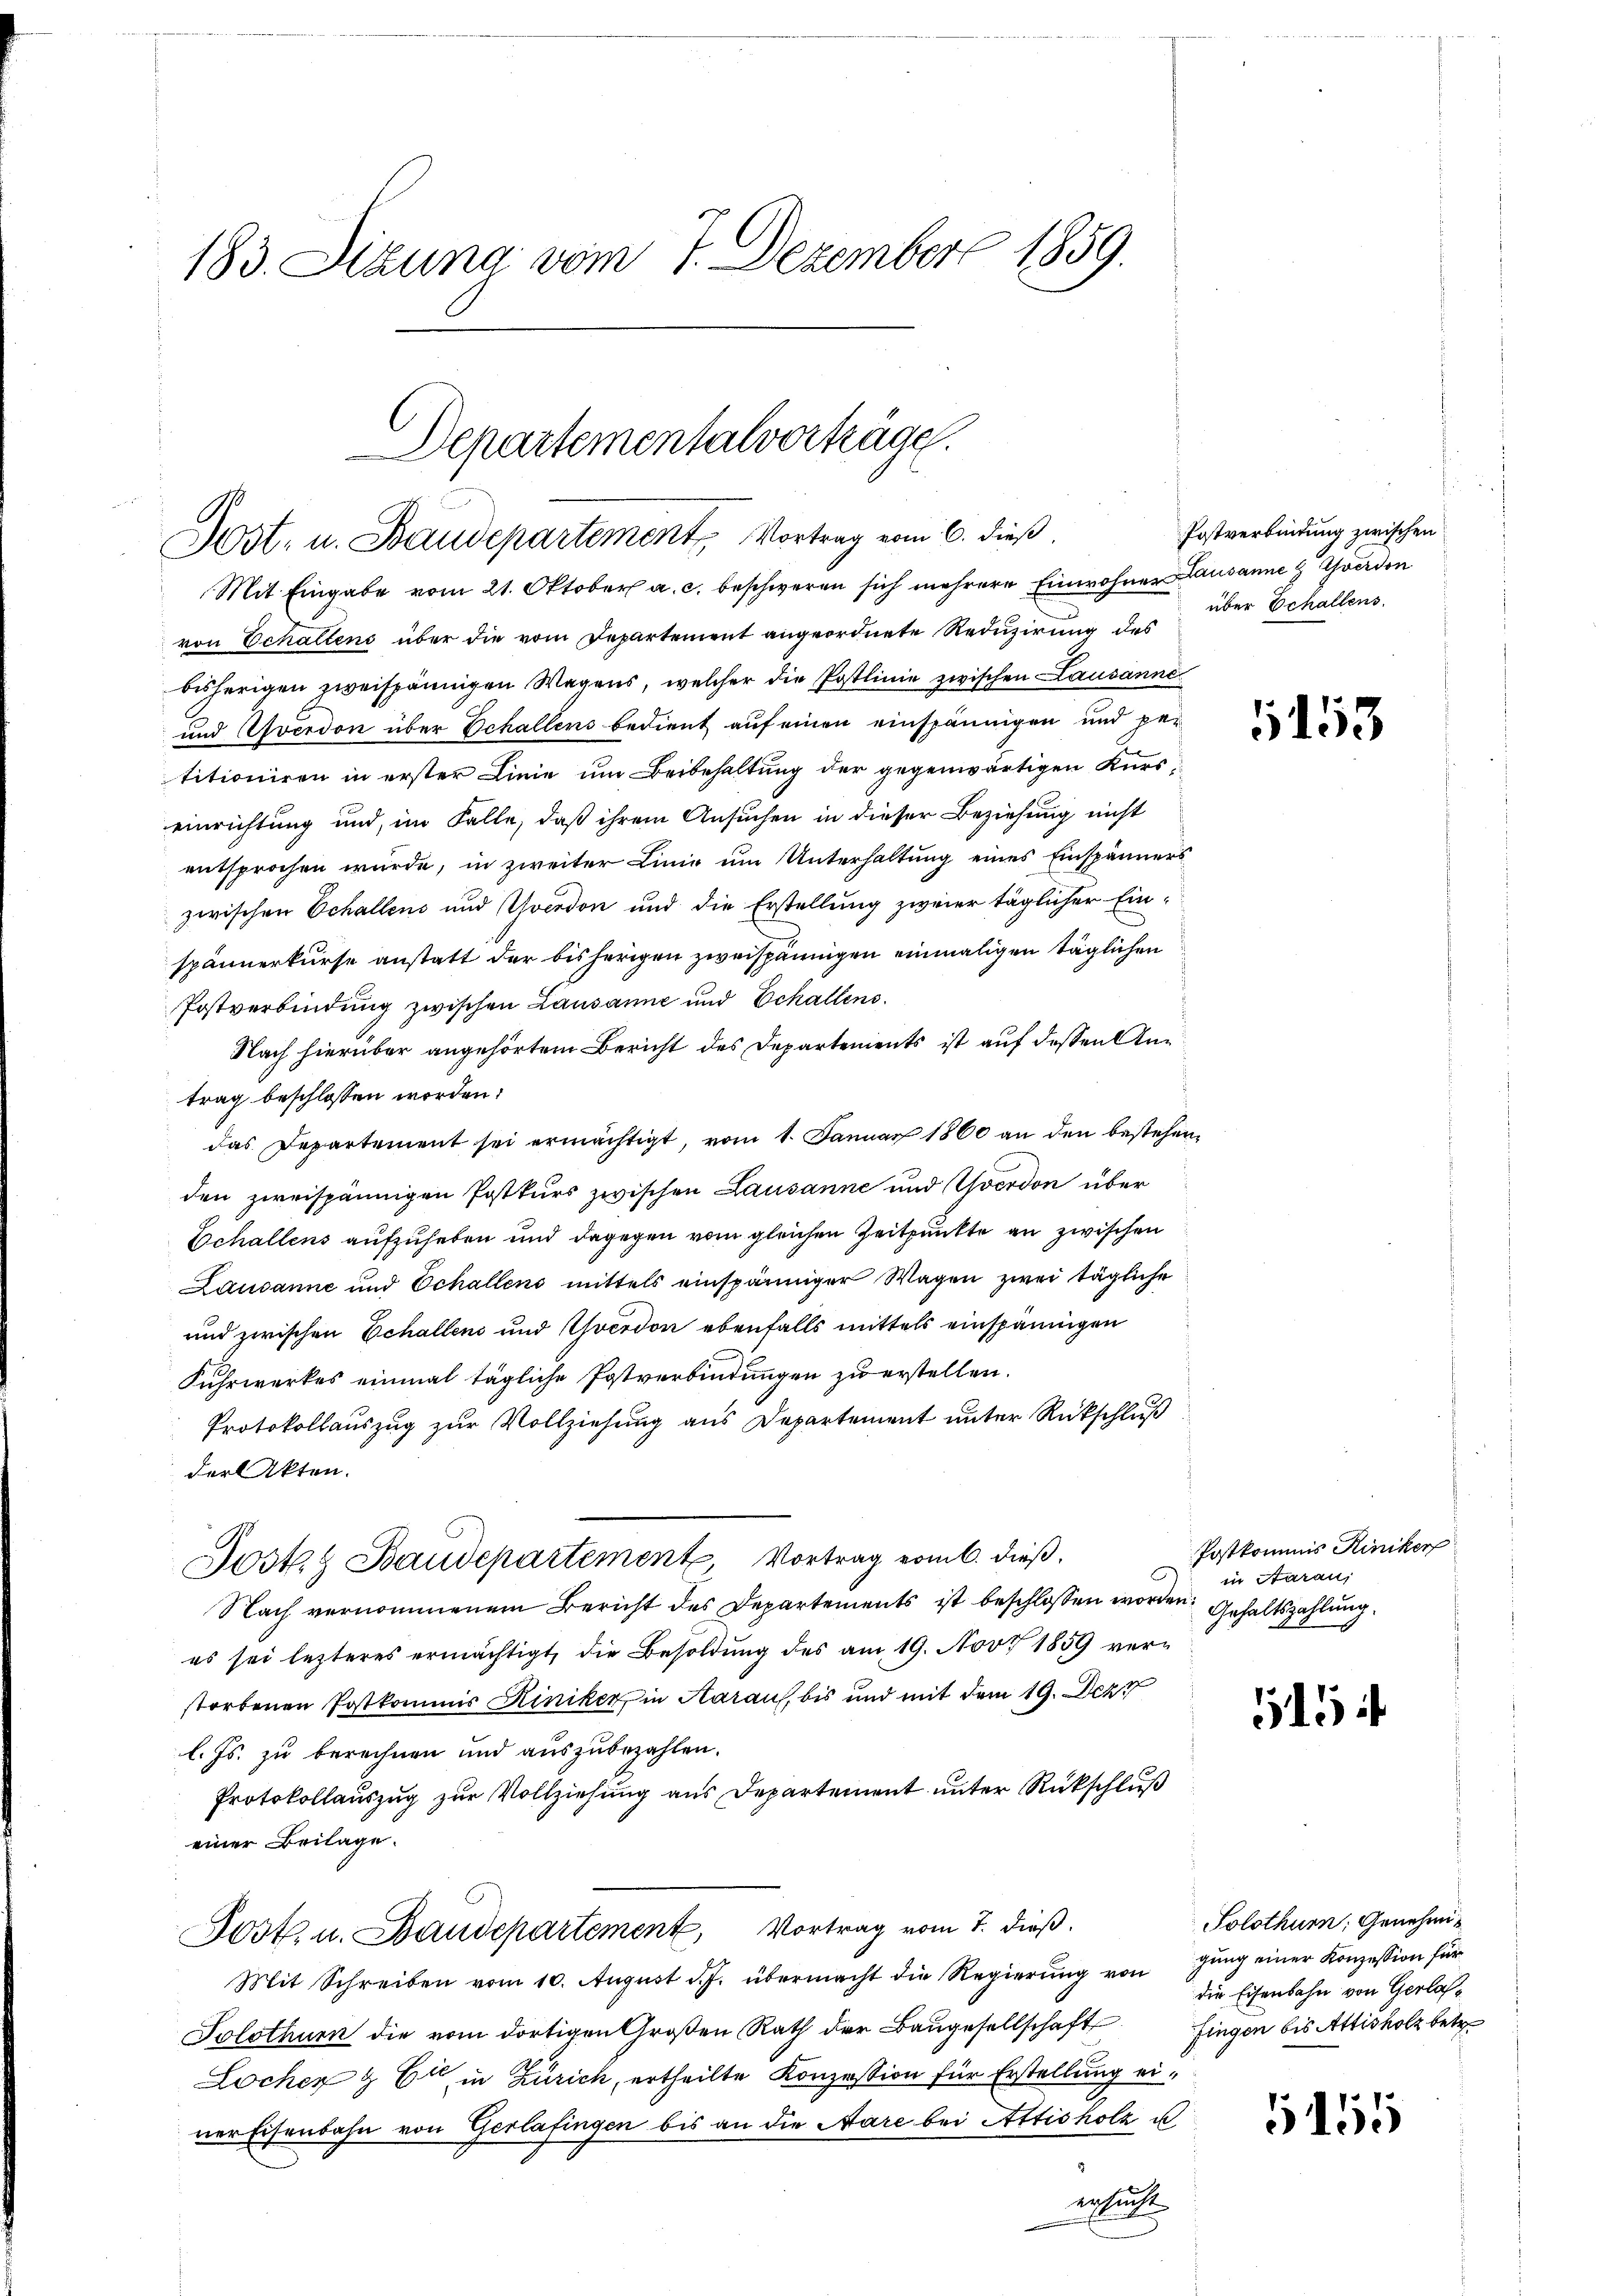
183. Sizung vom 7. Dezember 1859.

Departementalvorträge.
Post- u. Staudepartement, Vortrag vom 6. dieß
Mit Eingabe vom 21. Oktober a. c. beschweren sich mehrere Einwohner Lausanne & Goerden

von Echaltens über die vom Departement angeordnete Reduzirung des
bisherigen zweispännigen Wegens, welcher die Postlinie zwischen Lausanne
und Yverdon über Echallens bedient auf einen einspännigen und per
titioniren in erster Linie um Beibehaltung der gegenwärtigen Kurseinrichtung und im Falle, daß ihrem Ansuchen in dieser Beziehung nicht
entsprochen wurde, in zweiter Linie um Unterhaltung eines Einspänners
zwischen Schallens und Yverdon und die Erstellung zweier täglicher Einspännerkurse anstatt der bisherigen zweispännigen einmaligen täglichen
Postverbindŭng zwischen Lausanne und Echallens.
Nach hierüber angehörtem Bericht des Departements ist auf deßen Antrag beschlossen worden.
das Departement sei ermächtigt, vom 1. Januar 1860 an den bestehenden zweispännigen Postkurs zwischen Lausanne und Yverdon über
Echallens aufzuheben und dagegen vom gleichen Zeitpunkte an zwischen
Lausanne und Echallens mittels einspänniger Wagen zwei tägliche
und zwischen Echallens und Yverdon ebenfalls mittels einspännigen
Fuhrwerkes einmal tägliche Postverbindungen zu erstellen.
Protokollauszug zur Vollziehung aus Departement unter Rückschluß
der Akten.
Post. Baudepartemente Vortrag vom 6. dieß.
.
Nach vernommenem Bericht des Departements ist beschlossen worden, Gehaltszahlung
es sei lezteres ermächtigt, die Besoldung des am 19. Nov. 1859 verstorbenen Postkommis Kiniker in Aaraus, bis und mit dem 19. Dez
l. Js. zu berechnen und auszubezahlen.
Protokollauszug zur Vollziehung aus Departement unter Rückschluß
einer Beilage.
Fost. u. Baudepartement, Vortrag vom 7. dieß.
Mit Schreiben vom 10. August d. J. übermacht die Regierŭng von gŭng einer Konzession für
Solothurn die vom dortigen Großen Rath der Baŭgesellschaft fingen bis Attisholz betr.
Lochen & C in Zürich, ertheilte Konzession für Erstellung einer Eisenbahn von Gerlafingen bis an die Aare bei Attisholz u
ersucht

Postverbindung zwischen
über Echallens.

153

Postkommis Riniker
in Aarau,

5154

Solothurn, Genehmidie Eisenbahn von Gerlas¬

1155